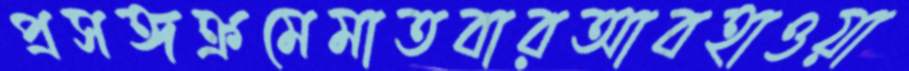
প্রসঙ্গক্রমেমাতবারআবহাওয়া